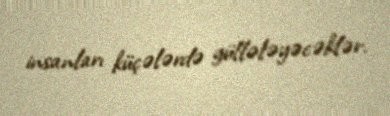
insanları küçələrdə güllələyəcəklər.